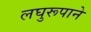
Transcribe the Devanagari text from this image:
लघुरूपाने